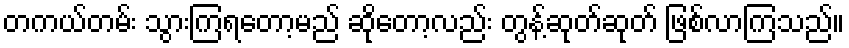
တကယ်တမ်း သွားကြရတော့မည် ဆိုတော့လည်း တွန့်ဆုတ်ဆုတ် ဖြစ်လာကြသည်။